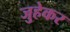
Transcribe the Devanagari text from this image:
जुहेकर